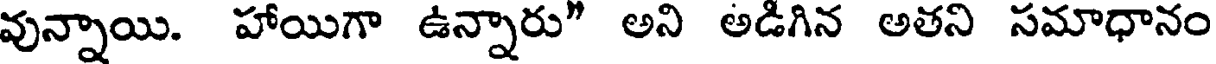
వున్నాయి. హాయిగా ఉన్నారు" అని అడిగిన అతని సమాధానం